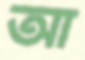
আ